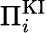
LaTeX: \Pi_{i}^{\mathrm{KI}}